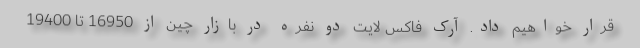
قرار خواهیم داد. آرک فاکس لایت دو نفره در بازار چین از 16950 تا 19400